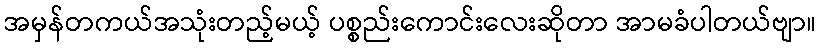
အမှန်တကယ်အသုံးတည့်မယ့် ပစ္စည်းကောင်းလေးဆိုတာ အာမခံပါတယ်ဗျာ။